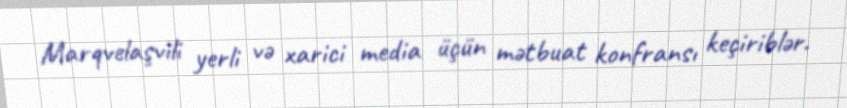
Marqvelaşvili yerli və xarici media üçün mətbuat konfransı keçiriblər.